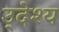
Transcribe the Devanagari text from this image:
उ्देश्य